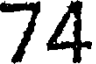
74